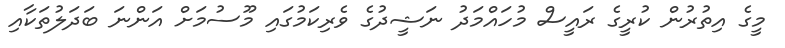
މީގެ އިތުރުން ކުރީގެ ރައީސް މުހައްމަދު ނަޝީދުގެ ވެރިކަމުގައި މޫސުމަށް އަންނަ ބަދަލުތަކާއި